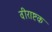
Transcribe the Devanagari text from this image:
वीराष्टक